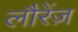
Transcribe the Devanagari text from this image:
लौरेंज़